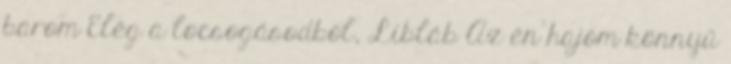
barom Elég a locsogásodból, Libláb Az én hajóm könnyű